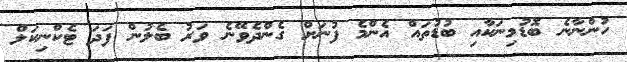
ހުންނާނެ ބޮޑުމިނަކާއި ބުޑުތައް އެންމެ ފުނަށް ގެންދެވޭނެ ވަރު ބެލުން ފަދަ ޓެކްނިކަލް